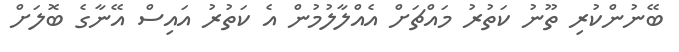
ބޭނުންކުރި ތޫނު ކަތުރު މައްޗަށް އެއްލާލުމުން އެ ކަތުރު އައިސް އޭނާގެ ބޮލަށް